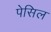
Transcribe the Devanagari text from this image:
पेसिल